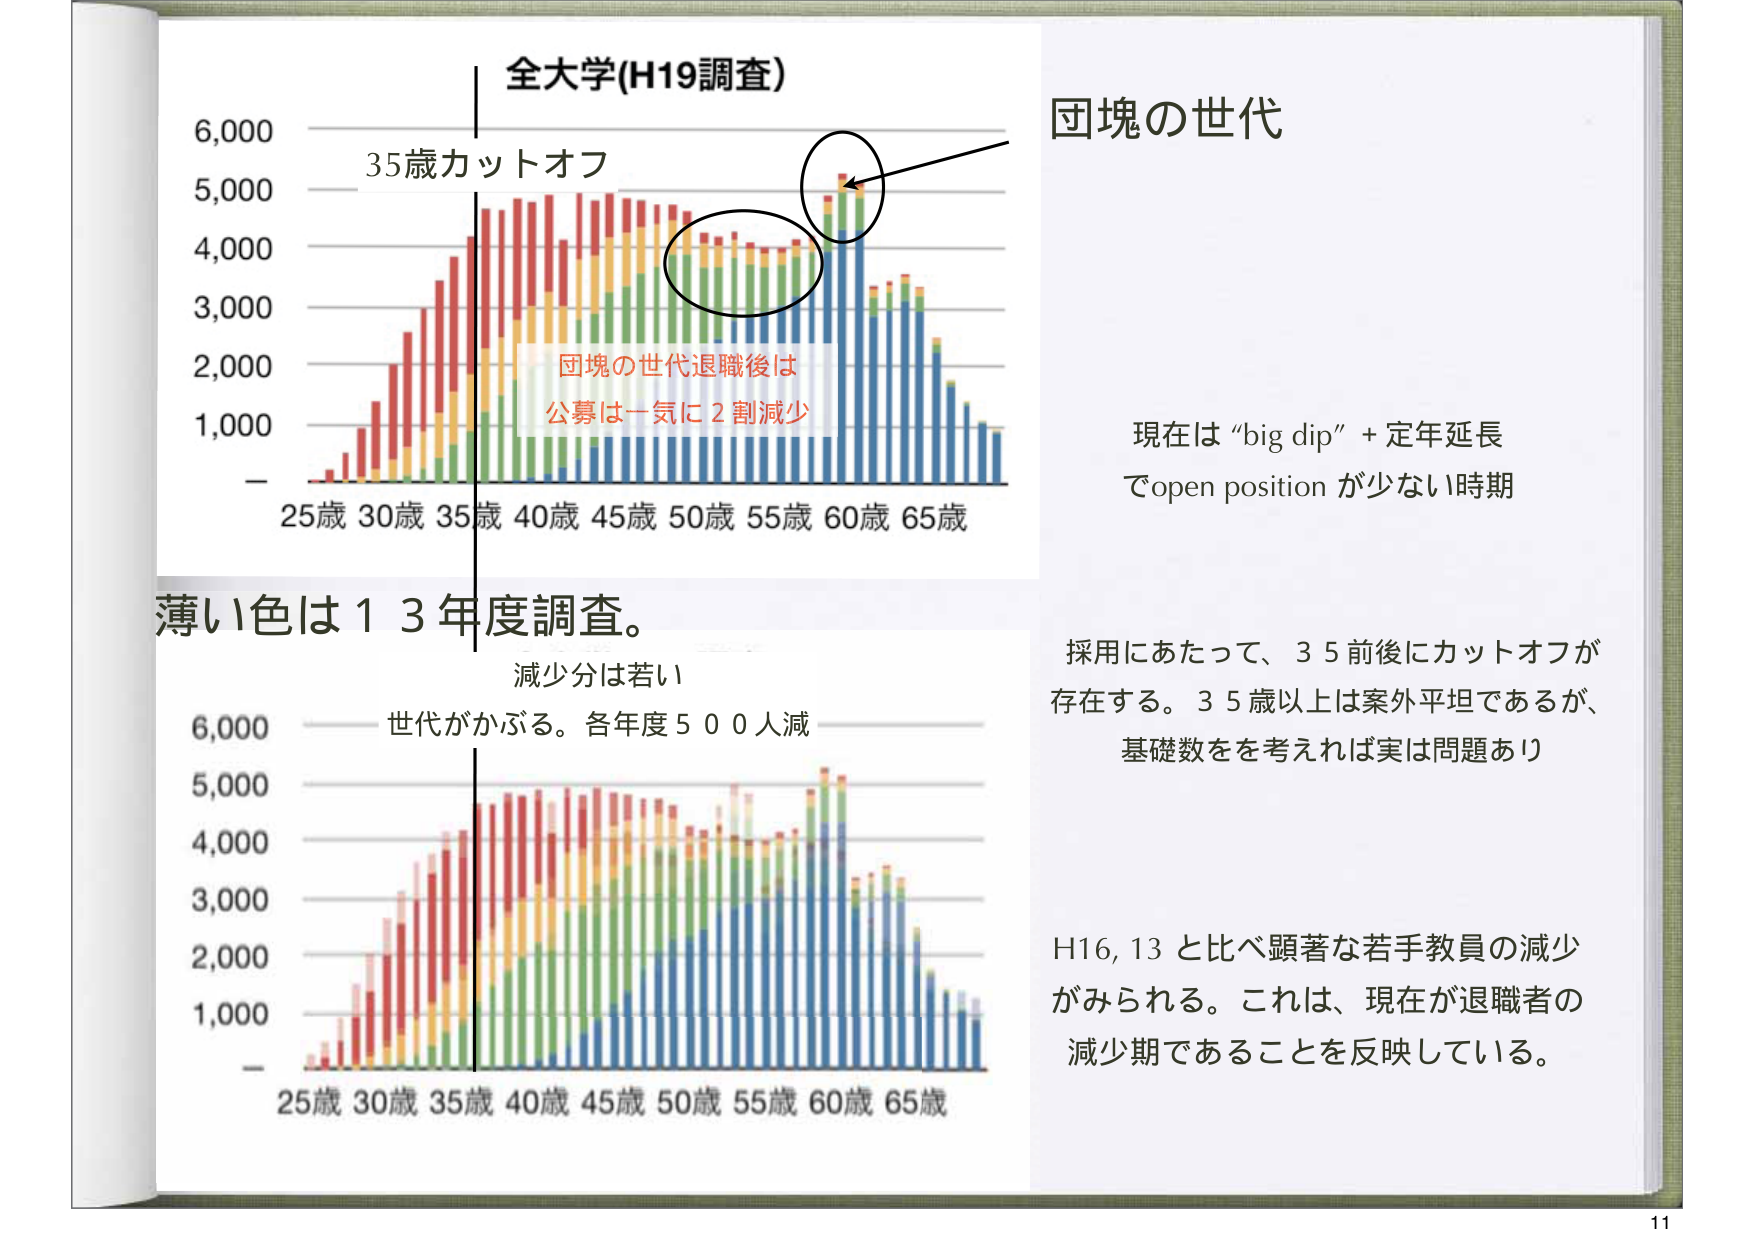
全大学(H19調査)
6,000
5,000
4,000
3,000
2,000
1,000
25歳 30歳 35歳 40歳 45歳 50歳 55歳 60歳 65歳
35歳カットオフ
団塊の世代退職後は
公募は一気に2割減少
団塊の世代
現在は “big dip” + 定年延長
でopen position が少ない時期
採用にあたって、35前後にカットオフが
存在する。35歳以上は案外平坦であるが、
基礎数を考えれば実は問題あり
薄い色は13年度調査。
減少分は若い
世代がかぶる。各年度500人減
6,000
5,000
4,000
3,000
2,000
1,000
25歳 30歳 35歳 40歳 45歳 50歳 55歳 60歳 65歳
H16,13と比べ顕著な若手教員の減少
がみられる。これは、現在が退職者の
減少期であることを反映している。
11